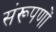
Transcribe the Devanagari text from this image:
संरूपणों